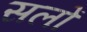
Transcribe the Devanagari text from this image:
सलों